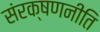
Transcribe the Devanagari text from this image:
संरक्षणनीति